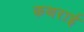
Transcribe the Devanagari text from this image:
कथराई